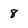
Character: 8